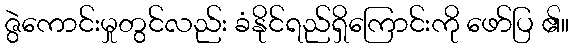
ဇွဲကောင်းမှုတွင်လည်း ခံနိုင်ရည်ရှိကြောင်းကို ဖော်ပြ ၏။